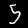
Label: 5